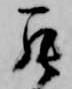
罷